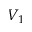
V _ { 1 }